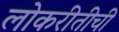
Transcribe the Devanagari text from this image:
लोकरीतीची